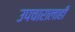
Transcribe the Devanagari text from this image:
उपचारालाही